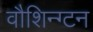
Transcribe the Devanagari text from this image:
वौशिन्ग्टन